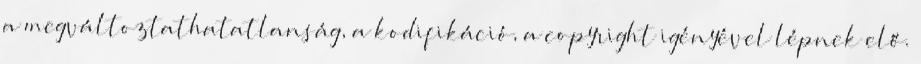
a megváltoztathatatlanság, a kodifikáció, a copyright igényével lépnek elő.